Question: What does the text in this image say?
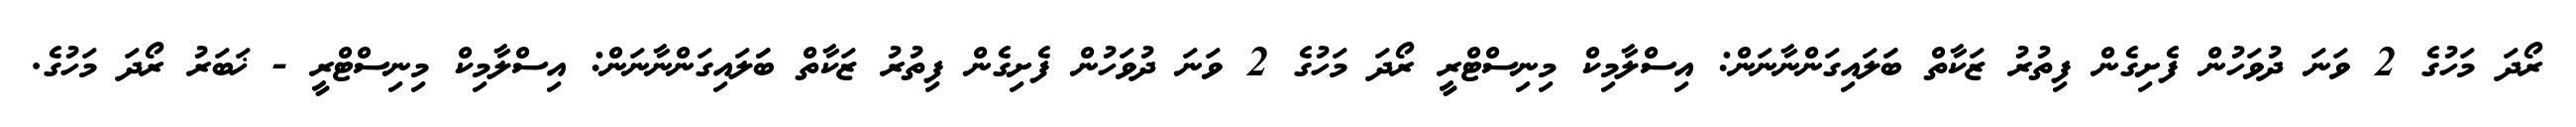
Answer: ރޯދަ މަހުގެ 2 ވަނަ ދުވަހުން ފެށިގެން ފިތުރު ޒަކާތް ބަަލައިގަންނާނަން: އިސްލާމިކް މިނިސްޓްރީ ރޯދަ މަހުގެ 2 ވަނަ ދުވަހުން ފެށިގެން ފިތުރު ޒަކާތް ބަަލައިގަންނާނަން: އިސްލާމިކް މިނިސްޓްރީ - ޚަބަރު ރޯދަ މަހުގެ.